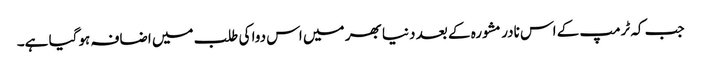
جب کہ ٹرمپ کے اس نادر مشورہ کے بعد دنیا بھر میں اس دوا کی طلب میں اضافہ ہوگیا ہے۔